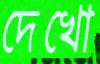
দেখো